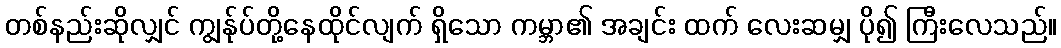
တစ်နည်းဆိုလျှင် ကျွန်ုပ်တို့နေထိုင်လျက် ရှိသော ကမ္ဘာ၏ အချင်း ထက် လေးဆမျှ ပို၍ ကြီးလေသည်။